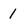
Character: 1